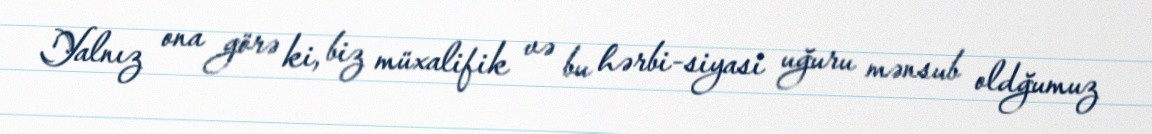
Yalnız ona görə ki, biz müxalifik və bu hərbi-siyasi uğuru mənsub oldğumuz